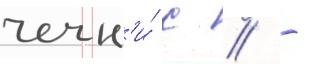
чечн'и́ с // -